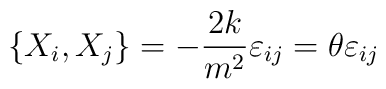
\left\{ X_i , X_j \right\} = - \frac{2k}{m^2} \varepsilon_{ij} = \theta\varepsilon_{ij}